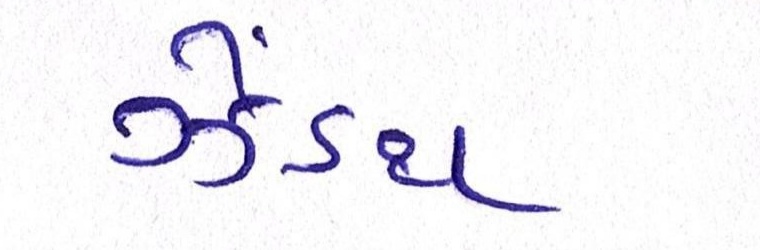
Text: ઝેંઽથ